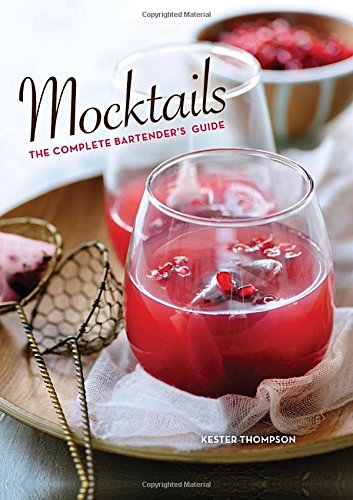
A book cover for Mocktails: The Complete Bartender's Guide; Kester Thompson; Cookbooks, Food & Wine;